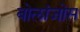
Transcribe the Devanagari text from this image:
बोलांजोस